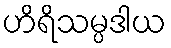
ဟိရိသမ္ပဒါယ